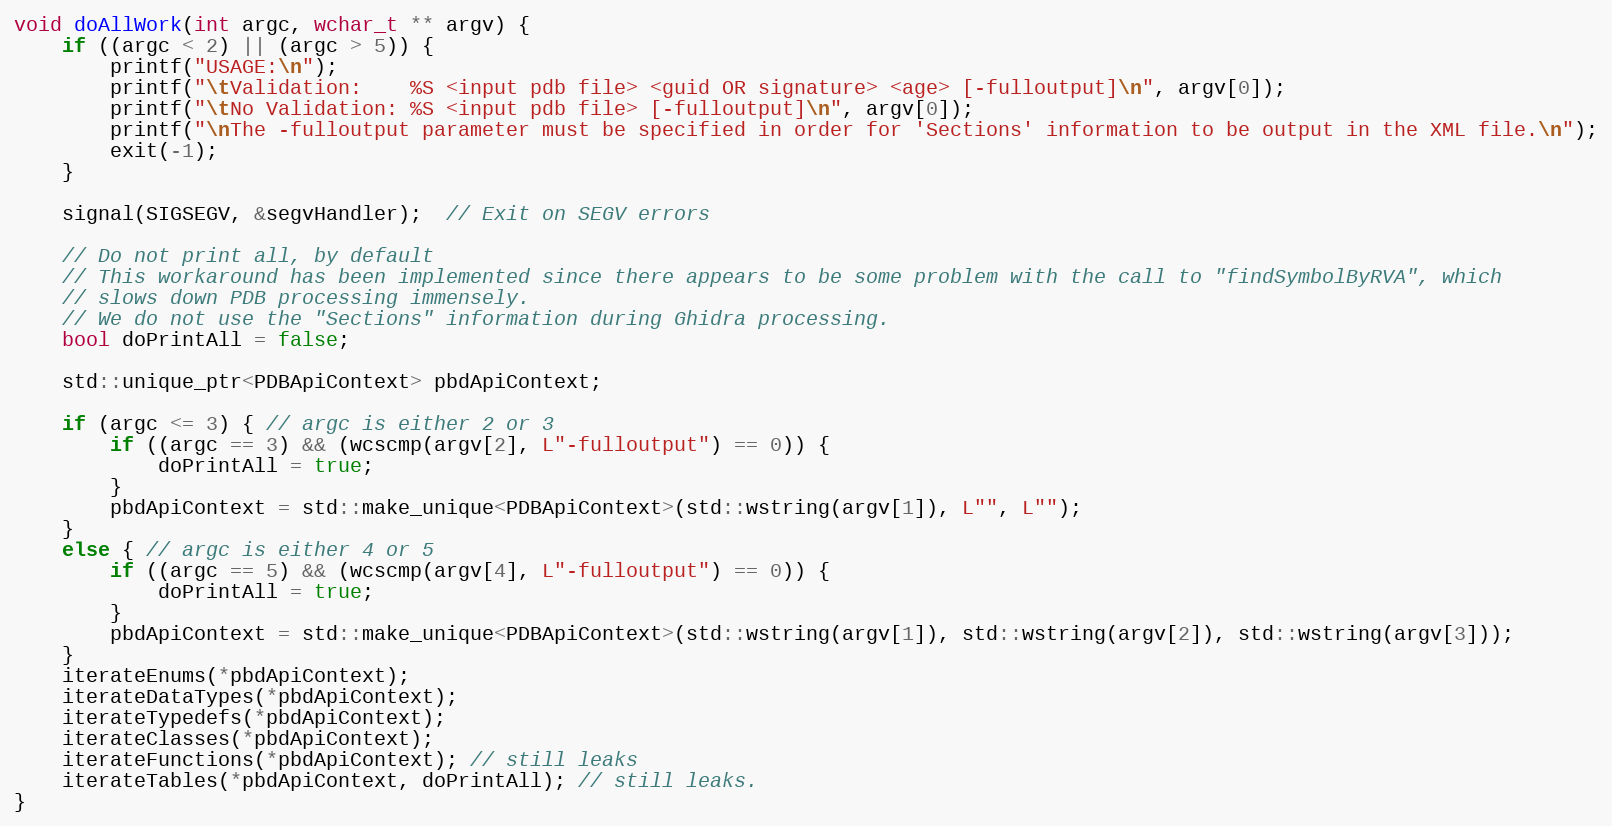
Language: C++
void doAllWork(int argc, wchar_t ** argv) {
	if ((argc < 2) || (argc > 5)) {
		printf("USAGE:\n");
		printf("\tValidation:    %S <input pdb file> <guid OR signature> <age> [-fulloutput]\n", argv[0]);
		printf("\tNo Validation: %S <input pdb file> [-fulloutput]\n", argv[0]);
		printf("\nThe -fulloutput parameter must be specified in order for 'Sections' information to be output in the XML file.\n");
		exit(-1);
	}

	signal(SIGSEGV, &segvHandler);  // Exit on SEGV errors

	// Do not print all, by default
	// This workaround has been implemented since there appears to be some problem with the call to "findSymbolByRVA", which
	// slows down PDB processing immensely.
	// We do not use the "Sections" information during Ghidra processing.
	bool doPrintAll = false;

	std::unique_ptr<PDBApiContext> pbdApiContext;

	if (argc <= 3) { // argc is either 2 or 3
		if ((argc == 3) && (wcscmp(argv[2], L"-fulloutput") == 0)) {
			doPrintAll = true;
		}
		pbdApiContext = std::make_unique<PDBApiContext>(std::wstring(argv[1]), L"", L"");
	}
	else { // argc is either 4 or 5
		if ((argc == 5) && (wcscmp(argv[4], L"-fulloutput") == 0)) {
			doPrintAll = true;
		}
		pbdApiContext = std::make_unique<PDBApiContext>(std::wstring(argv[1]), std::wstring(argv[2]), std::wstring(argv[3]));
	}
	iterateEnums(*pbdApiContext);
	iterateDataTypes(*pbdApiContext);
	iterateTypedefs(*pbdApiContext);
	iterateClasses(*pbdApiContext);
	iterateFunctions(*pbdApiContext); // still leaks
	iterateTables(*pbdApiContext, doPrintAll); // still leaks.
}